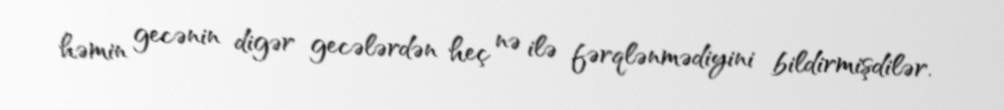
həmin gecənin digər gecələrdən heç nə ilə fərqlənmədiyini bildirmişdilər.